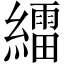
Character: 𦆙